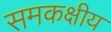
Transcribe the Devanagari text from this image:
समकक्षीय